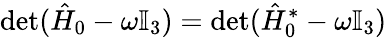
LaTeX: \operatorname*{det}(\hat{H}_{0}-\omega\mathbb{I}_{3})=\operatorname*{det}(\hat{H}_{0}^{*}-\omega\mathbb{I}_{3})